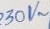
Text: 230V~